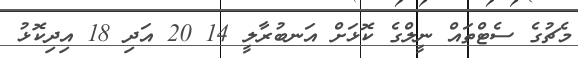
މެޗުގެ ސެޓްތައް ނީލްގެ ކޮޅަށް އަނބުރާލީ 14 20 އަދި 18 އިދިކޮޅު